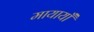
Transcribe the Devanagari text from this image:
मायायाँ